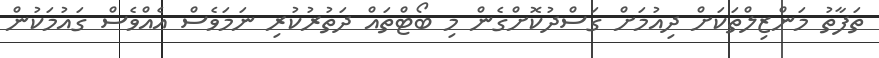
ތަފާތު މަންޒިލްތަކަށް ދިއުމަށް ގަސްދުކޮށްގެން މި ބޯޓްތައް ދަތުރުކުރި ނަމަވެސް އެއްވެސް ގައުމަކުން